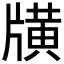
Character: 𤗶